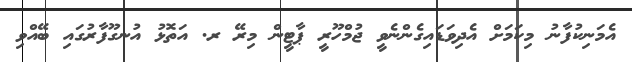
އެމަނިކުފާނު މިކަމަށް އެދިވަޑައިގެންނެވީ ޖުމްހޫރީ ޕާޓީން މިރޭ ރ. އަތޮޅު އުނގޫފާރުގައި ބޭއްވި